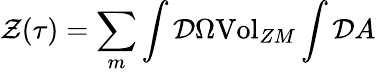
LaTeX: {\cal{Z}}(\tau{})=\sum_{m}\int{\cal{D}}\Omega{\mathrm{Vol}}_{ZM}\int{\cal{D}}A